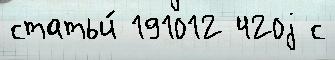
статьи́ 191012 420j с